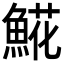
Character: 𩸽